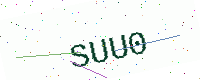
Text: SUU0